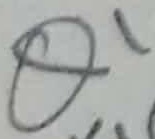
Text: Q1